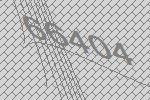
66404